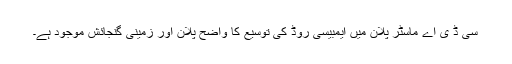
سی ڈ ی اے ماسٹر پلان میں ایمبیسی روڈ کی توسیع کا واضح پلان اور زمینی گنجائش موجود ہے۔